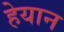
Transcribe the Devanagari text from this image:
हेयान